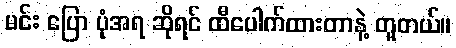
မင်း ပြော ပုံအရ ဆိုရင် ထီပေါက်ထားတာနဲ့ တူတယ်။